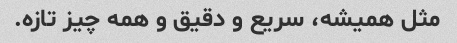
مثل همیشه، سریع و دقیق و همه چیز تازه.